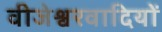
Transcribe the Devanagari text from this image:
वीजेश्वरवादियों